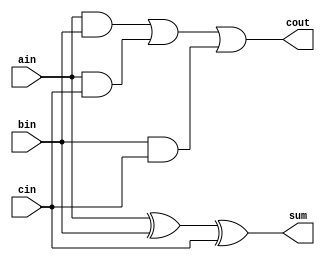
`timescale 1ns / 1ps
//////////////////////////////////////////////////////////////////////////////////
// Company: 
// Engineer: 
// 
// Design Name: 
// Module Name: full_adder
// Project Name: 
// Target Devices: 
// Tool Versions: 
// Description: 
// 
// Dependencies: 
// 
// Revision:
// Revision 0.01 - File Created
// Additional Comments:
// 
//////////////////////////////////////////////////////////////////////////////////


module full_adder(
output cout,
output sum,
input ain,
input bin,
input cin
    );
    assign sum = ain^bin^cin;
    assign cout= (ain&bin)|(ain&cin)|(bin&cin);
endmodule